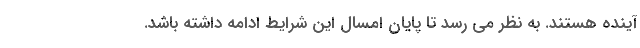
آینده هستند. به نظر می رسد تا پایان امسال این شرایط ادامه داشته باشد.